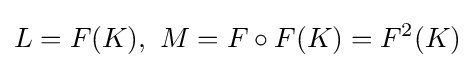
L=F(K),\ M=F\circ F(K)=F^{2}(K)